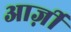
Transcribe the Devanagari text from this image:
आर्ज़ी